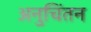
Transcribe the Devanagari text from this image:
अनुचिंतन